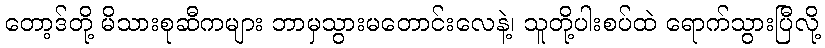
တော့ဒ်တို့ မိသားစုဆီကများ ဘာမှသွားမတောင်းလေနဲ့၊ သူတို့ပါးစပ်ထဲ ရောက်သွားပြီလို့